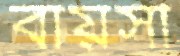
বায়সী